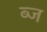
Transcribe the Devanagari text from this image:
ब्ज